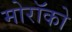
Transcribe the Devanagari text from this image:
मोरॉको